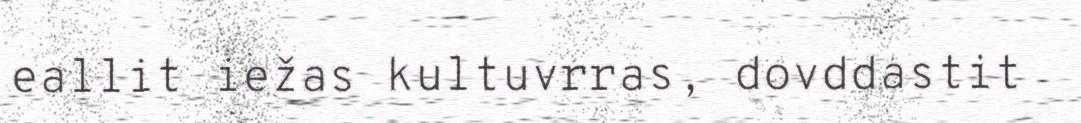
eallit iežas kultuvrras, dovddastit